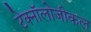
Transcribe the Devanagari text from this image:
टेक्नॉलोजीकल